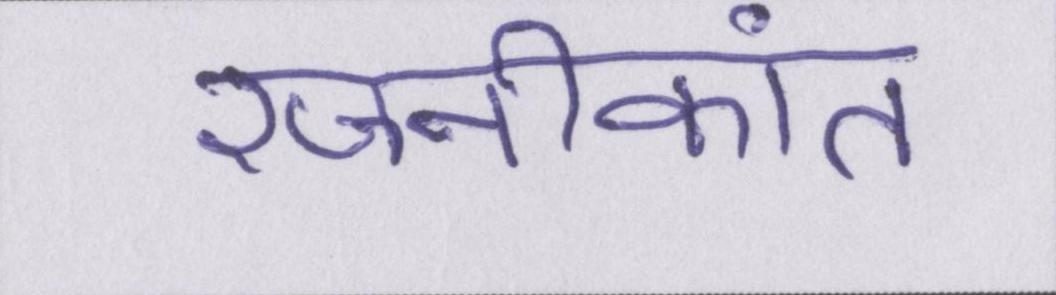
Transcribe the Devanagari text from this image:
रजनीकांत